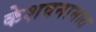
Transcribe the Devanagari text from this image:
केशवनामात